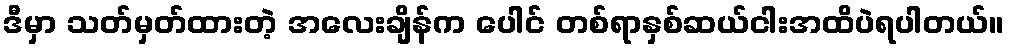
ဒီမှာ သတ်မှတ်ထားတဲ့ အလေးချိန်က ပေါင် တစ်ရာနှစ်ဆယ်ငါးအထိပဲရပါတယ်။